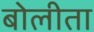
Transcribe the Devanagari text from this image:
बोलीता